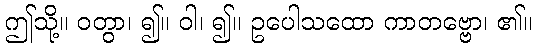
ဤသို့။ ဝတွာ၊ ၍။ ဝါ၊ ၍။ ဥပေါသထော ကာတဗ္ဗော၊ ၏။